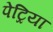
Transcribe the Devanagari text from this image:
पेट्रिया